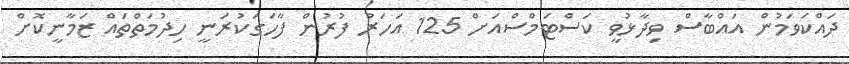
ދައްކަވަމުން އައްބާސް ވިދާޅުވީ ކަސްޓަމްސްއަށް 125 އަހަރު ފުރުން ފާހަގަކުރަނީ ހިދުމަތްތައް ޒަމާނީކޮށް